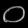
Digit: ၀